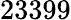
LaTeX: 23399